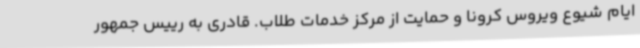
ایام شیوع ویروس کرونا و حمایت از مرکز خدمات طلاب. قادری به رییس جمهور